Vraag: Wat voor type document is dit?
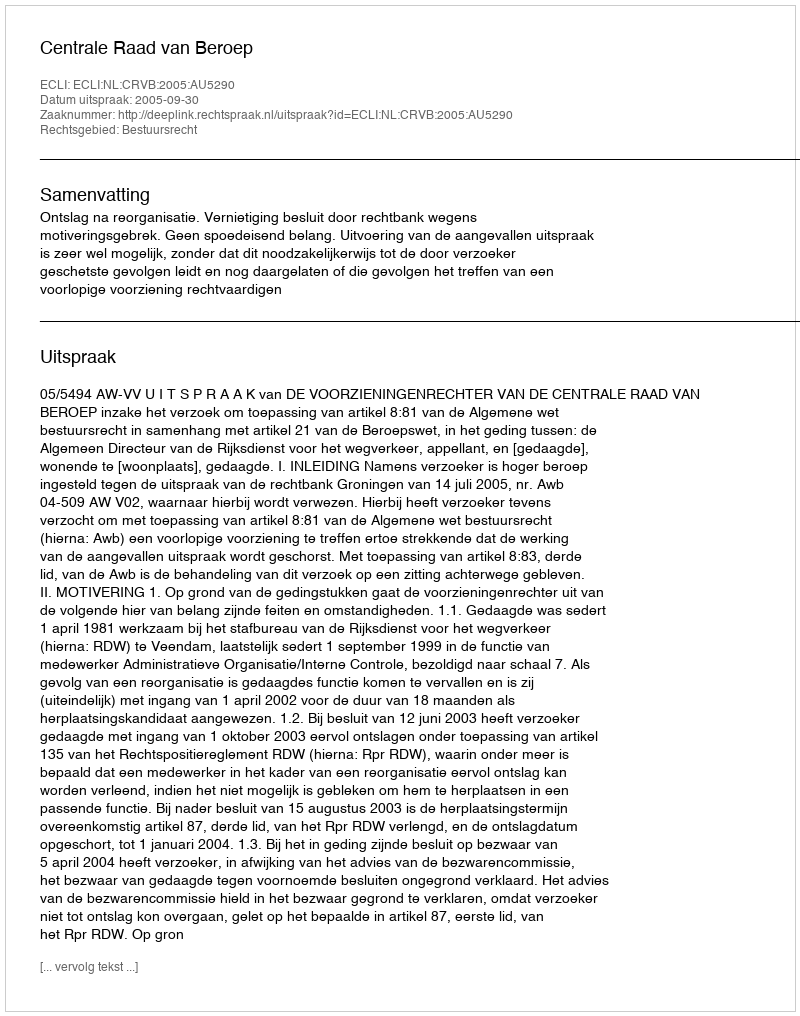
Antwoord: Uitspraak